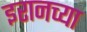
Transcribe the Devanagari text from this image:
इरानच्या